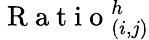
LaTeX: \mathrm{~R~a~t~i~o~}_{(i,j)}^{h}